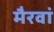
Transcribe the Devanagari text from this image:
मैरवां